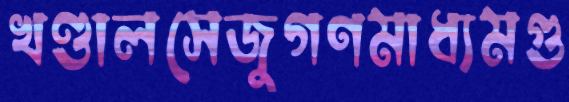
খণ্ডালসেজুগণমাধ্যমগু